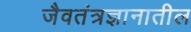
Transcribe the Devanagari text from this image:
जैवतंत्रज्ञानातील